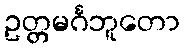
ဥတ္တမင်္ဂဘူတော